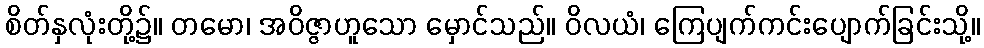
စိတ်နှလုံးတို့၌။ တမော၊ အဝိဇ္ဇာဟူသော မှောင်သည်။ ဝိလယံ၊ ကြေပျက်ကင်းပျောက်ခြင်းသို့။